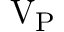
\mathrm { V _ { P } }